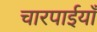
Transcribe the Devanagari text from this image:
चारपाईयाँ